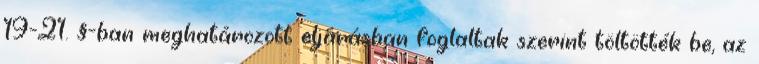
19-21. §-ban meghatározott eljárásban foglaltak szerint töltötték be, az